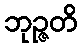
ဘုဉ္ဇတိ